Civil Veterinary Dept. Bombay admin report 1907-1913 - 1907-1913
Year: 1907
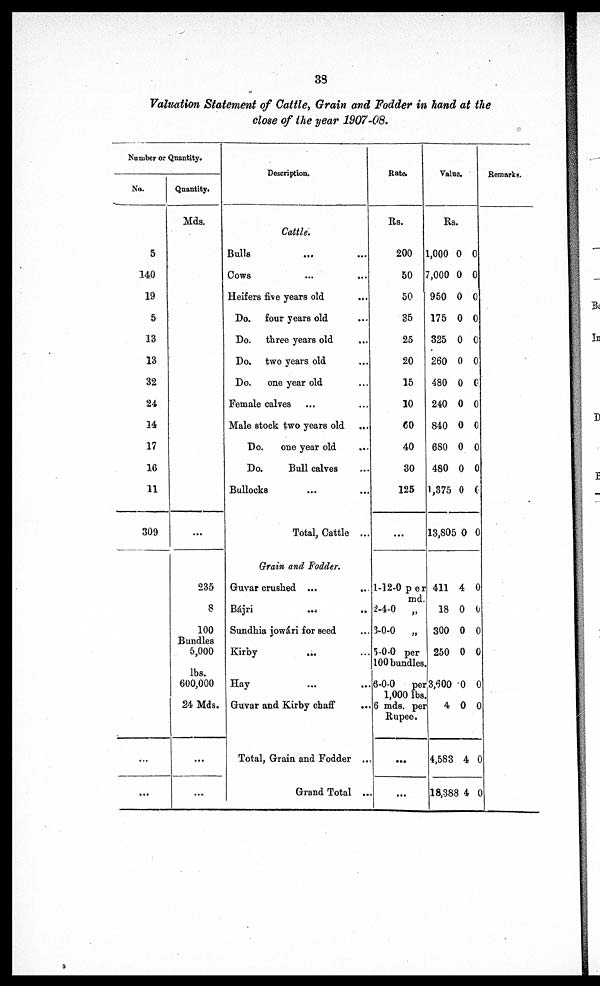
39
Valuation Statement of Cattle, Grain and Fodder in hand at the
close of the year 1907-08.
No tuber or Quantity.
No.
5
140
19
5
13
13
32
24
14
17
16
11
309
...
...
Quantity.
Mds.
235
8
100
Bundles
5,000
lbs.
600,000
24 Mds.
...
...
Description.
Cattle.
Bulls ... ...
Cows ... ...
Heifers five years old ...
Do. four years old ...
Do. three years old ...
Do. two years old ...
Do.
one year old ...
Female calves ... ...
Male stock two years old
...
Do.
one year old ...
Da
Bull calves ...
Bullocks ... ...
Total, Cattle ...
Grain and Fodder.
Guvar crushed ... ...
Bájri
...
...
Sundhia jowári for seed ...
Kirby
... ...
Hay ... ...
Guvar and Kirby chaff
...
Total, Grain and Fodder ...
Grand Total ...
Rate.
Rs.
200
50
50
35
25
20
15
10
60
40
30
125
...
1-12-0 per
md.
2-4-0
„
3-0-0
„
5-0-0 per
100 bundles.
6-0-0
per
1,000 lbs
6 mds. per
Rupee.
...
...
Value.
Rs.
1,000 0 0
7,000 0 0
950 0 0
175 0 0
325 0 0
260 0 0
480 0 0
240 0 0
840 0 0
680 0 0
480 0 0
1,375 0 0
13,805 0 0
411 4 0
18 0 0
300 0 0
250 0 0
3,600 0 0
4 0 0
4,583 4 0
18,388 4 0
Remarks.